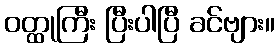
ဝတ္ထုကြီး ပြီးပါပြီ ခင်ဗျား။